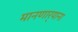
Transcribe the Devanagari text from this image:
मानणार्‍याना